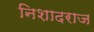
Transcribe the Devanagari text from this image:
निशादराज